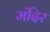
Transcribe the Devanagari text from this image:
मंदिर